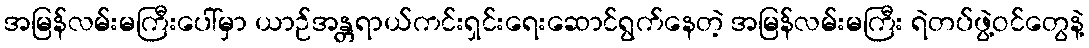
အမြန်လမ်းမကြီးပေါ်မှာ ယာဉ်အန္တရာယ်ကင်းရှင်းရေးဆောင်ရွက်နေတဲ့ အမြန်လမ်းမကြီး ရဲတပ်ဖွဲ့ဝင်တွေနဲ့